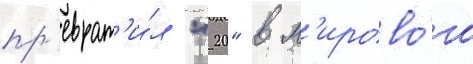
пр'еврат'и́л "20" в м'ирово́го